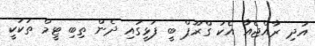
އަދި ރާއްޖެއާ އެކު ގްރޫޕް ބީ ފަޅީގައި ދެން ތިބި ޓީމް ތަކަކީ